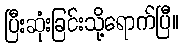
ပြီးဆုံးခြင်းသို့ရောက်ပြီ။